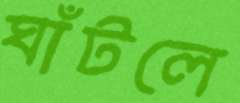
ঘাঁটলে